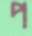
প